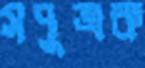
সপুত্রক